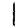
Digit: 1